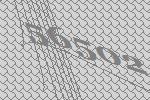
56502